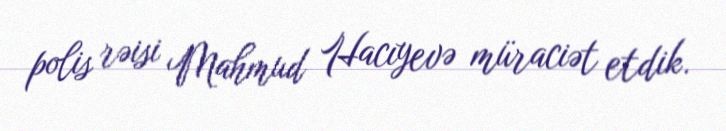
polis rəisi Mahmud Hacıyevə müraciət etdik.